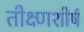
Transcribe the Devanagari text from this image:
तीक्ष्णशीर्ष